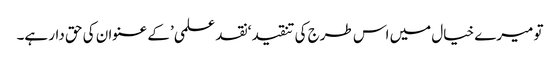
تو میرے خیال میں اس طرج کی تنقید ‘نقد علمی’ کے عنوان کی حق دار ہے۔